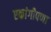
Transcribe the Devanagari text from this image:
एकांगीपणा